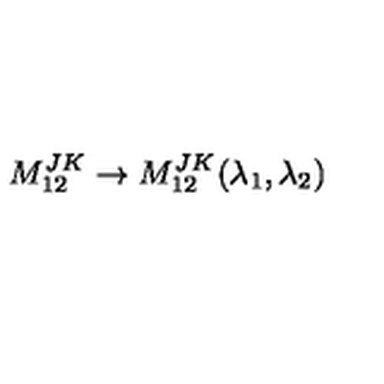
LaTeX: M _ { 1 2 } ^ { J K } \rightarrow M _ { 1 2 } ^ { J K } ( \lambda _ { 1 } , \lambda _ { 2 } )